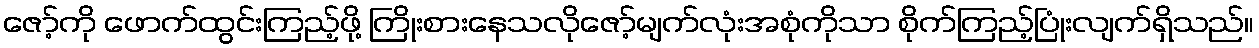
ဇော့်ကို ဖောက်ထွင်းကြည့်ဖို့ ကြိုးစားနေသလိုဇော့်မျက်လုံးအစုံကိုသာ စိုက်ကြည့်ပြုံးလျက်ရှိသည်။